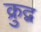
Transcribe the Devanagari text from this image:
क्रुद्व